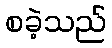
စခဲ့သည်